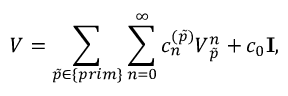
{ \cal V } = \sum _ { \tilde { p } \in \{ p r i m \} } \sum _ { n = 0 } ^ { \infty } c _ { n } ^ { ( \tilde { p } ) } { \cal V } _ { \tilde { p } } ^ { n } + c _ { 0 } { { \bf I } } ,